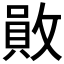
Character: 𢿃